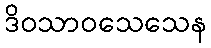
ဒိဝသာဝသေသေန